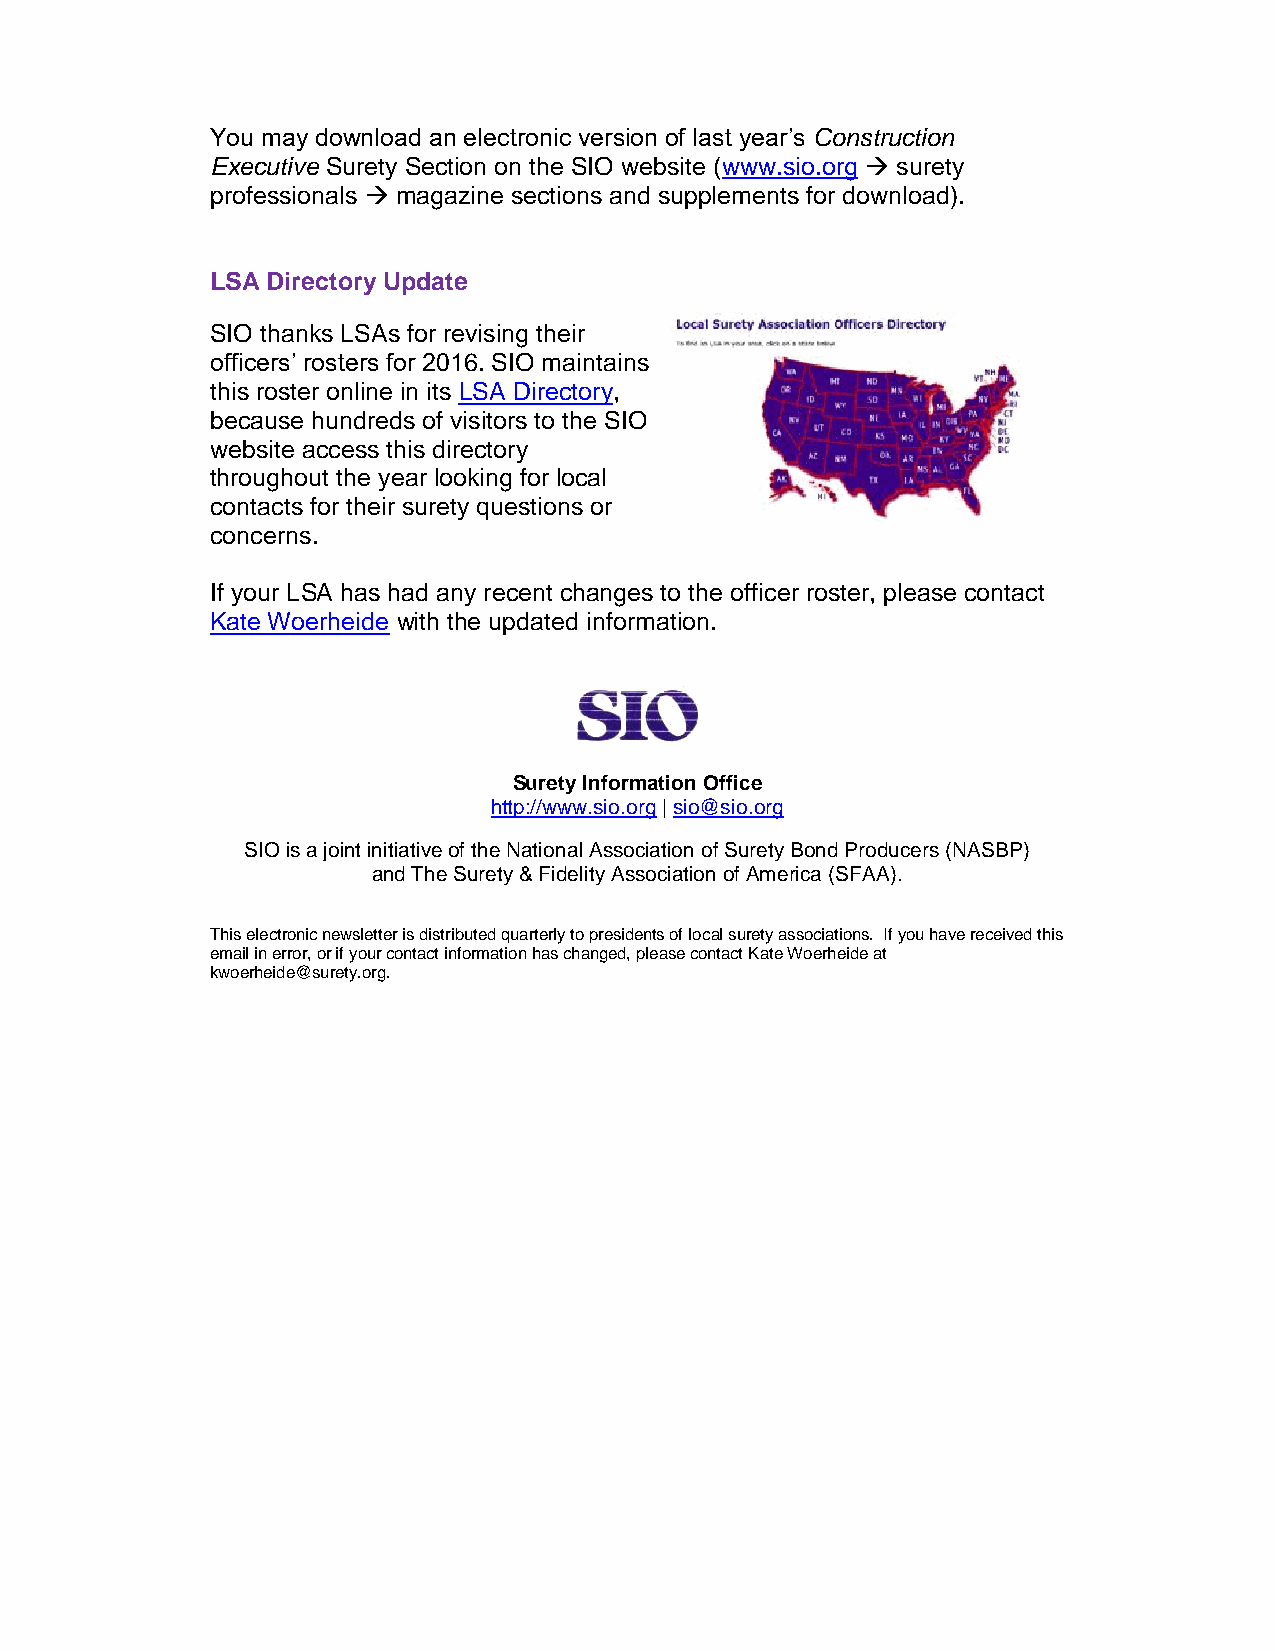
You may download an electronic version of last year’s Construction
 Executive Surety Section on the SIO website (www.sio.org  surety
 professionals  magazine sections and supplements for download).
 LSA Directory Update
 SIO thanks LSAs for revising their
 officers’ rosters for 2016. SIO maintains
 this roster online in its LSA Directory,
 because hundreds of visitors to the SIO
 website access this directory
 throughout the year looking for local
 contacts for their surety questions or
 concerns.
 If your LSA has had any recent changes to the officer roster, please contact
 Kate Woerheide with the updated information.
 Surety Information Office
 http://www.sio.org | sio@sio.org
 SIO is a joint initiative of the National Association of Surety Bond Producers (NASBP)
 and The Surety & Fidelity Association of America (SFAA).
 This electronic newsletter is distributed quarterly to presidents of local surety associations. If you have received this
 email in error, or if your contact information has changed, please contact Kate Woerheide at
 kwoerheide@surety.org.